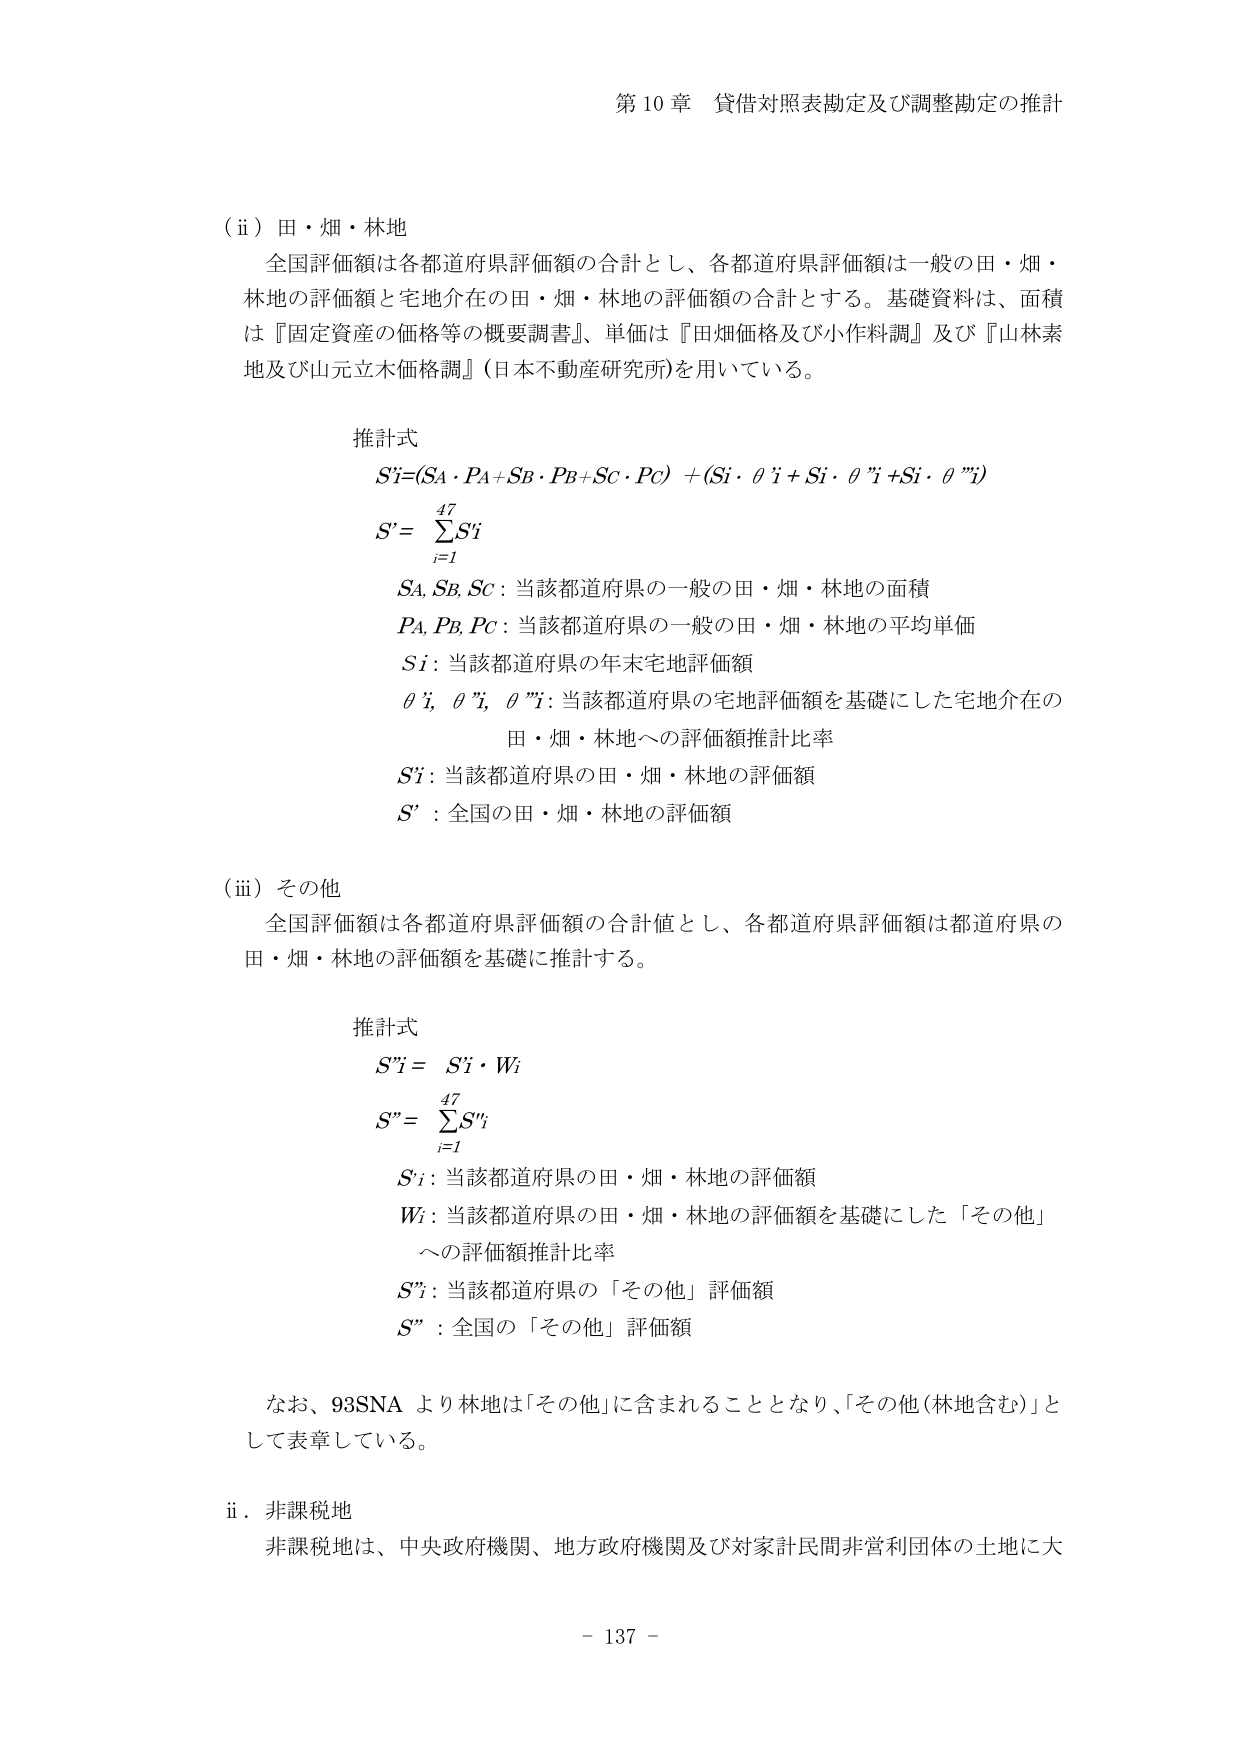
第10章 貸借対照表勘定及び調整勘定の推計

（ⅱ）田・畑・林地
全国評価額は各都道府県評価額の合計とし、各都道府県評価額は一般の田・畑・林地の評価額と宅地介在の田・畑・林地の評価額の合計とする。基礎資料は、面積は『固定資産の価格等の概要調書』、単価は『田畑価格及び小作料調』及び『山林素地及び山元立木価格調』（日本不動産研究所）を用いている。

推計式
S'i = (SA・PA + SB・PB + SC・PC) + (Si・θ'i + Si・θ''i + Si・θ'''i)
S' = Σ S'i （i=1 から 47 まで）
SA, SB, SC：当該都道府県の一般の田・畑・林地の面積
PA, PB, PC：当該都道府県の一般の田・畑・林地の平均単価
Si：当該都道府県の年末宅地評価額
θ'i, θ''i, θ'''i：当該都道府県の宅地評価額を基礎にした宅地介在の田・畑・林地への評価額推計比率
S'i：当該都道府県の田・畑・林地の評価額
S'：全国の田・畑・林地の評価額

（ⅲ）その他
全国評価額は各都道府県評価額の合計値とし、各都道府県評価額は都道府県の田・畑・林地の評価額を基礎に推計する。

推計式
S''i = S'i・Wi
S'' = Σ S''i （i=1 から 47 まで）
S'i：当該都道府県の田・畑・林地の評価額
Wi：当該都道府県の田・畑・林地の評価額を基礎にした「その他」への評価額推計比率
S''i：当該都道府県の「その他」評価額
S''：全国の「その他」評価額

なお、93SNA より林地は「その他」に含まれることとなり、「その他（林地含む）」として表章している。

ⅱ．非課税地
非課税地は、中央政府機関、地方政府機関及び対家計民間非営利団体の土地に大

- 137 -